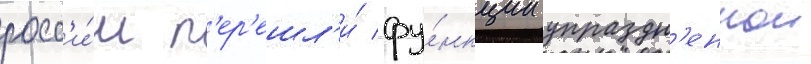
росс'и́и п'ер'ешл'и́ фу́нкции упраздн'еннои